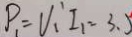
P _ { 1 } = V _ { 1 } I _ { 1 } = 3 . 5